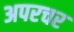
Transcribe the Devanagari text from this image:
अपरचर